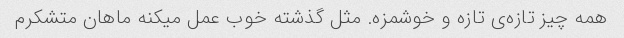
همه چیز تازه‌ی تازه و خوشمزه. مثل گذشته خوب عمل میکنه ماهان متشکرم